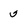
Character: 5